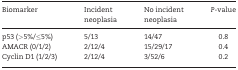
<table><thead><tr><td><b>Biomarker</b></td><td><b>Incident neoplasia</b></td><td><b>No incident neoplasia</b></td><td><b><i>P</i>-value</b></td></tr></thead><tbody><tr><td>p53 (&gt;5%/≤5%)</td><td>5/13</td><td>14/47</td><td>0.8</td></tr><tr><td>AMACR (0/1/2)</td><td>2/12/4</td><td>15/29/17</td><td>0.4</td></tr><tr><td>Cyclin D1 (1/2/3)</td><td>2/12/4</td><td>3/52/6</td><td>0.2</td></tr></tbody></table>